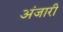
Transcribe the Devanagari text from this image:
अंजारी